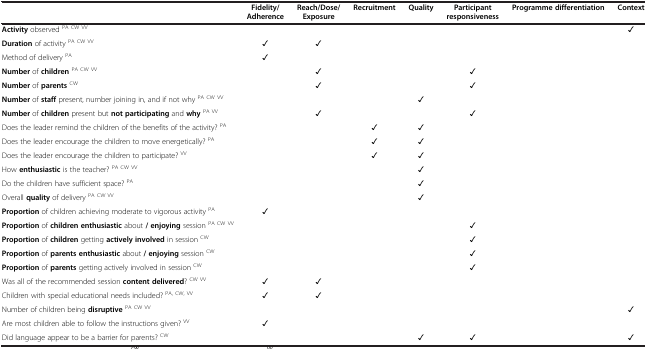
<table><thead><tr><td></td><td><b>Fidelity/Adherence</b></td><td><b>Reach/Dose/Exposure</b></td><td><b>Recruitment</b></td><td><b>Quality</b></td><td><b>Participant responsiveness</b></td><td><b>Programme differentiation</b></td><td><b>Context</b></td></tr></thead><tbody><tr><td><b>Activity</b> observed <sup>PA</sup><sup>CW</sup><sup>VV</sup></td><td></td><td></td><td></td><td></td><td></td><td></td><td>✓</td></tr><tr><td><b>Duration</b> of activity <sup>PA</sup><sup>CW</sup><sup>VV</sup></td><td>✓</td><td>✓</td><td></td><td></td><td></td><td></td><td></td></tr><tr><td>Method of delivery <sup>PA</sup></td><td>✓</td><td></td><td></td><td></td><td></td><td></td><td></td></tr><tr><td><b>Number</b> of <b>children</b><sup>PA</sup><sup>CW</sup><sup>VV</sup></td><td></td><td>✓</td><td></td><td></td><td>✓</td><td></td><td></td></tr><tr><td><b>Number</b> of <b>parents</b><sup>CW</sup></td><td></td><td>✓</td><td></td><td></td><td>✓</td><td></td><td></td></tr><tr><td><b>Number</b> of <b>staff</b> present, number joining in, and if not why <sup>PA</sup><sup>CW VV</sup></td><td></td><td></td><td></td><td>✓</td><td></td><td></td><td></td></tr><tr><td><b>Number</b> of <b>children</b> present but <b>not participating</b> and <b>why</b><sup>PA</sup><sup>VV</sup></td><td></td><td>✓</td><td></td><td></td><td>✓</td><td></td><td></td></tr><tr><td>Does the leader remind the children of the benefits of the activity? <sup>PA</sup></td><td></td><td></td><td>✓</td><td>✓</td><td></td><td></td><td></td></tr><tr><td>Does the leader encourage the children to move energetically? <sup>PA</sup></td><td></td><td></td><td>✓</td><td>✓</td><td></td><td></td><td></td></tr><tr><td>Does the leader encourage the children to participate? <sup>VV</sup></td><td></td><td></td><td>✓</td><td>✓</td><td></td><td></td><td></td></tr><tr><td>How <b>enthusiastic</b> is the teacher? <sup>PA</sup><sup>CW</sup><sup>VV</sup></td><td></td><td></td><td></td><td>✓</td><td></td><td></td><td></td></tr><tr><td>Do the children have sufficient space? <sup>PA</sup></td><td></td><td></td><td></td><td>✓</td><td></td><td></td><td></td></tr><tr><td>Overall <b>quality</b> of delivery <sup>PA</sup><sup>CW</sup><sup>VV</sup></td><td></td><td></td><td></td><td>✓</td><td></td><td></td><td></td></tr><tr><td><b>Proportion</b> of children achieving moderate to vigorous activity <sup>PA</sup></td><td>✓</td><td></td><td></td><td></td><td></td><td></td><td></td></tr><tr><td><b>Proportion</b> of <b>children enthusiastic</b> about <b>/ enjoying</b> session <sup>PA</sup><sup>CW</sup><sup>VV</sup></td><td></td><td></td><td></td><td></td><td>✓</td><td></td><td></td></tr><tr><td><b>Proportion</b> of <b>children</b> getting <b>actively involved</b> in session <sup>CW</sup></td><td></td><td></td><td></td><td></td><td>✓</td><td></td><td></td></tr><tr><td><b>Proportion</b> of <b>parents enthusiastic</b> about <b>/ enjoying</b> session <sup>CW</sup></td><td></td><td></td><td></td><td></td><td>✓</td><td></td><td></td></tr><tr><td><b>Proportion</b> of <b>parents</b> getting actively involved in session <sup>CW</sup></td><td></td><td></td><td></td><td></td><td>✓</td><td></td><td></td></tr><tr><td>Was all of the recommended session <b>content delivered</b>? <sup>CW</sup><sup>VV</sup></td><td>✓</td><td>✓</td><td></td><td></td><td></td><td></td><td></td></tr><tr><td>Children with special educational needs included? <sup>PA, CW, VV</sup></td><td>✓</td><td>✓</td><td></td><td></td><td></td><td></td><td></td></tr><tr><td>Number of children being <b>disruptive</b><sup>PA</sup><sup>CW</sup><sup>VV</sup></td><td></td><td></td><td></td><td></td><td></td><td></td><td>✓</td></tr><tr><td>Are most children able to follow the instructions given? <sup>VV</sup></td><td>✓</td><td></td><td></td><td></td><td></td><td></td><td></td></tr><tr><td>Did language appear to be a barrier for parents? <sup>CW</sup></td><td></td><td></td><td></td><td>✓</td><td>✓</td><td></td><td>✓</td></tr></tbody></table>